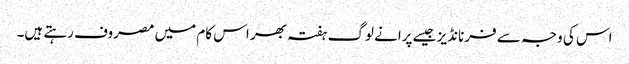
اس کی وجہ سے فرنانڈیز جیسے پرانے لوگ ہفتہ بھر اس کام میں مصروف رہتے ہیں۔